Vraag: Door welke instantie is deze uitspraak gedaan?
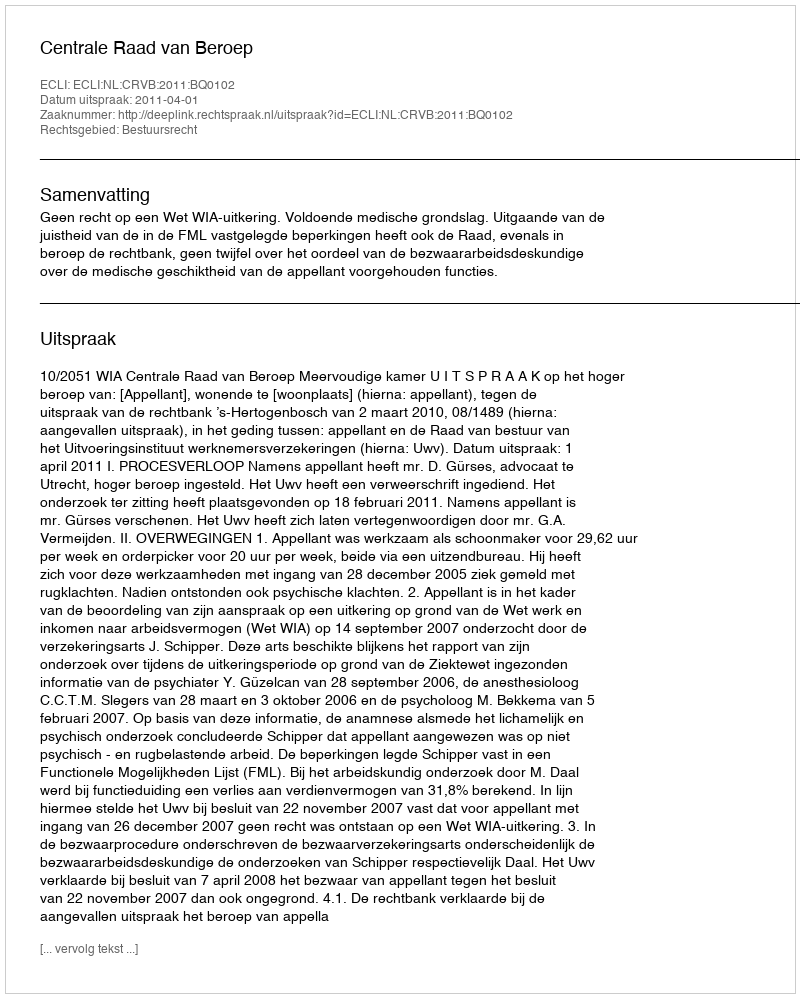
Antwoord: Centrale Raad van Beroep